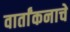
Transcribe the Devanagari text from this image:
वार्तांकनाचे